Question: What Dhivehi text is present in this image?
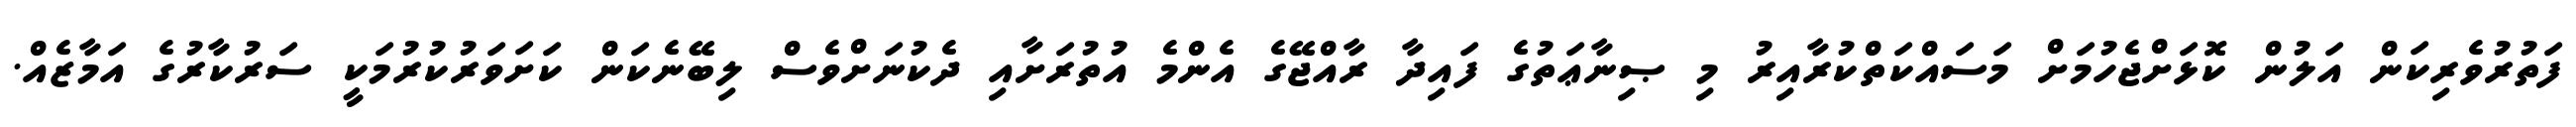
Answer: ފަތުރުވެރިކަން އަލުން ކޮޅަށްޖެހުމަށް މަސައްކަތްކުރާއިރު މި ޞިނާޢަތުގެ ފައިދާ ރާއްޖޭގެ އެންމެ އުތުރަށާއި ދެކުނަށްވެސް ލިބޭނެކަން ކަށަވަރުކުރުމަކީ ސަރުކާރުގެ އަމާޒެއް.